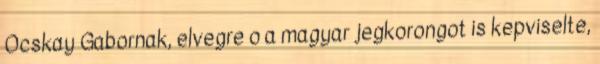
Ocskay Gabornak, elvegre o a magyar jegkorongot is kepviselte,